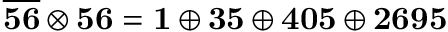
\overline { { { \bf 5 6 } } } \otimes { \bf 5 6 } = { \bf 1 } \oplus { \bf 3 5 } \oplus { \bf 4 0 5 } \oplus { \bf 2 6 9 5 }